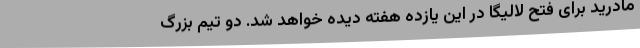
مادرید برای فتح لالیگا در این یازده هفته دیده خواهد شد. دو تیم بزرگ